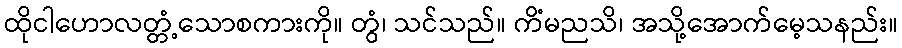
ထိုငါဟောလတ္တံ့သောစကားကို။ တွံ၊ သင်သည်။ ကိံမညသိ၊ အသို့အောက်မေ့သနည်း။